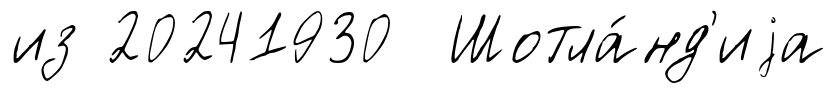
из 20241930 Шотла́нд'иjа